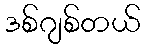
ဒစ်ဂျစ်တယ်